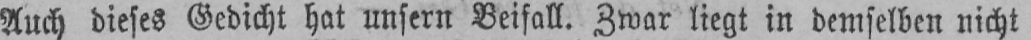
Auch dieses Gedicht hat unsern Beifall. Zwar liegt in demselben nicht